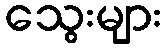
သွေးများ